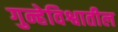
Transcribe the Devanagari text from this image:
गुन्हेविश्वातील